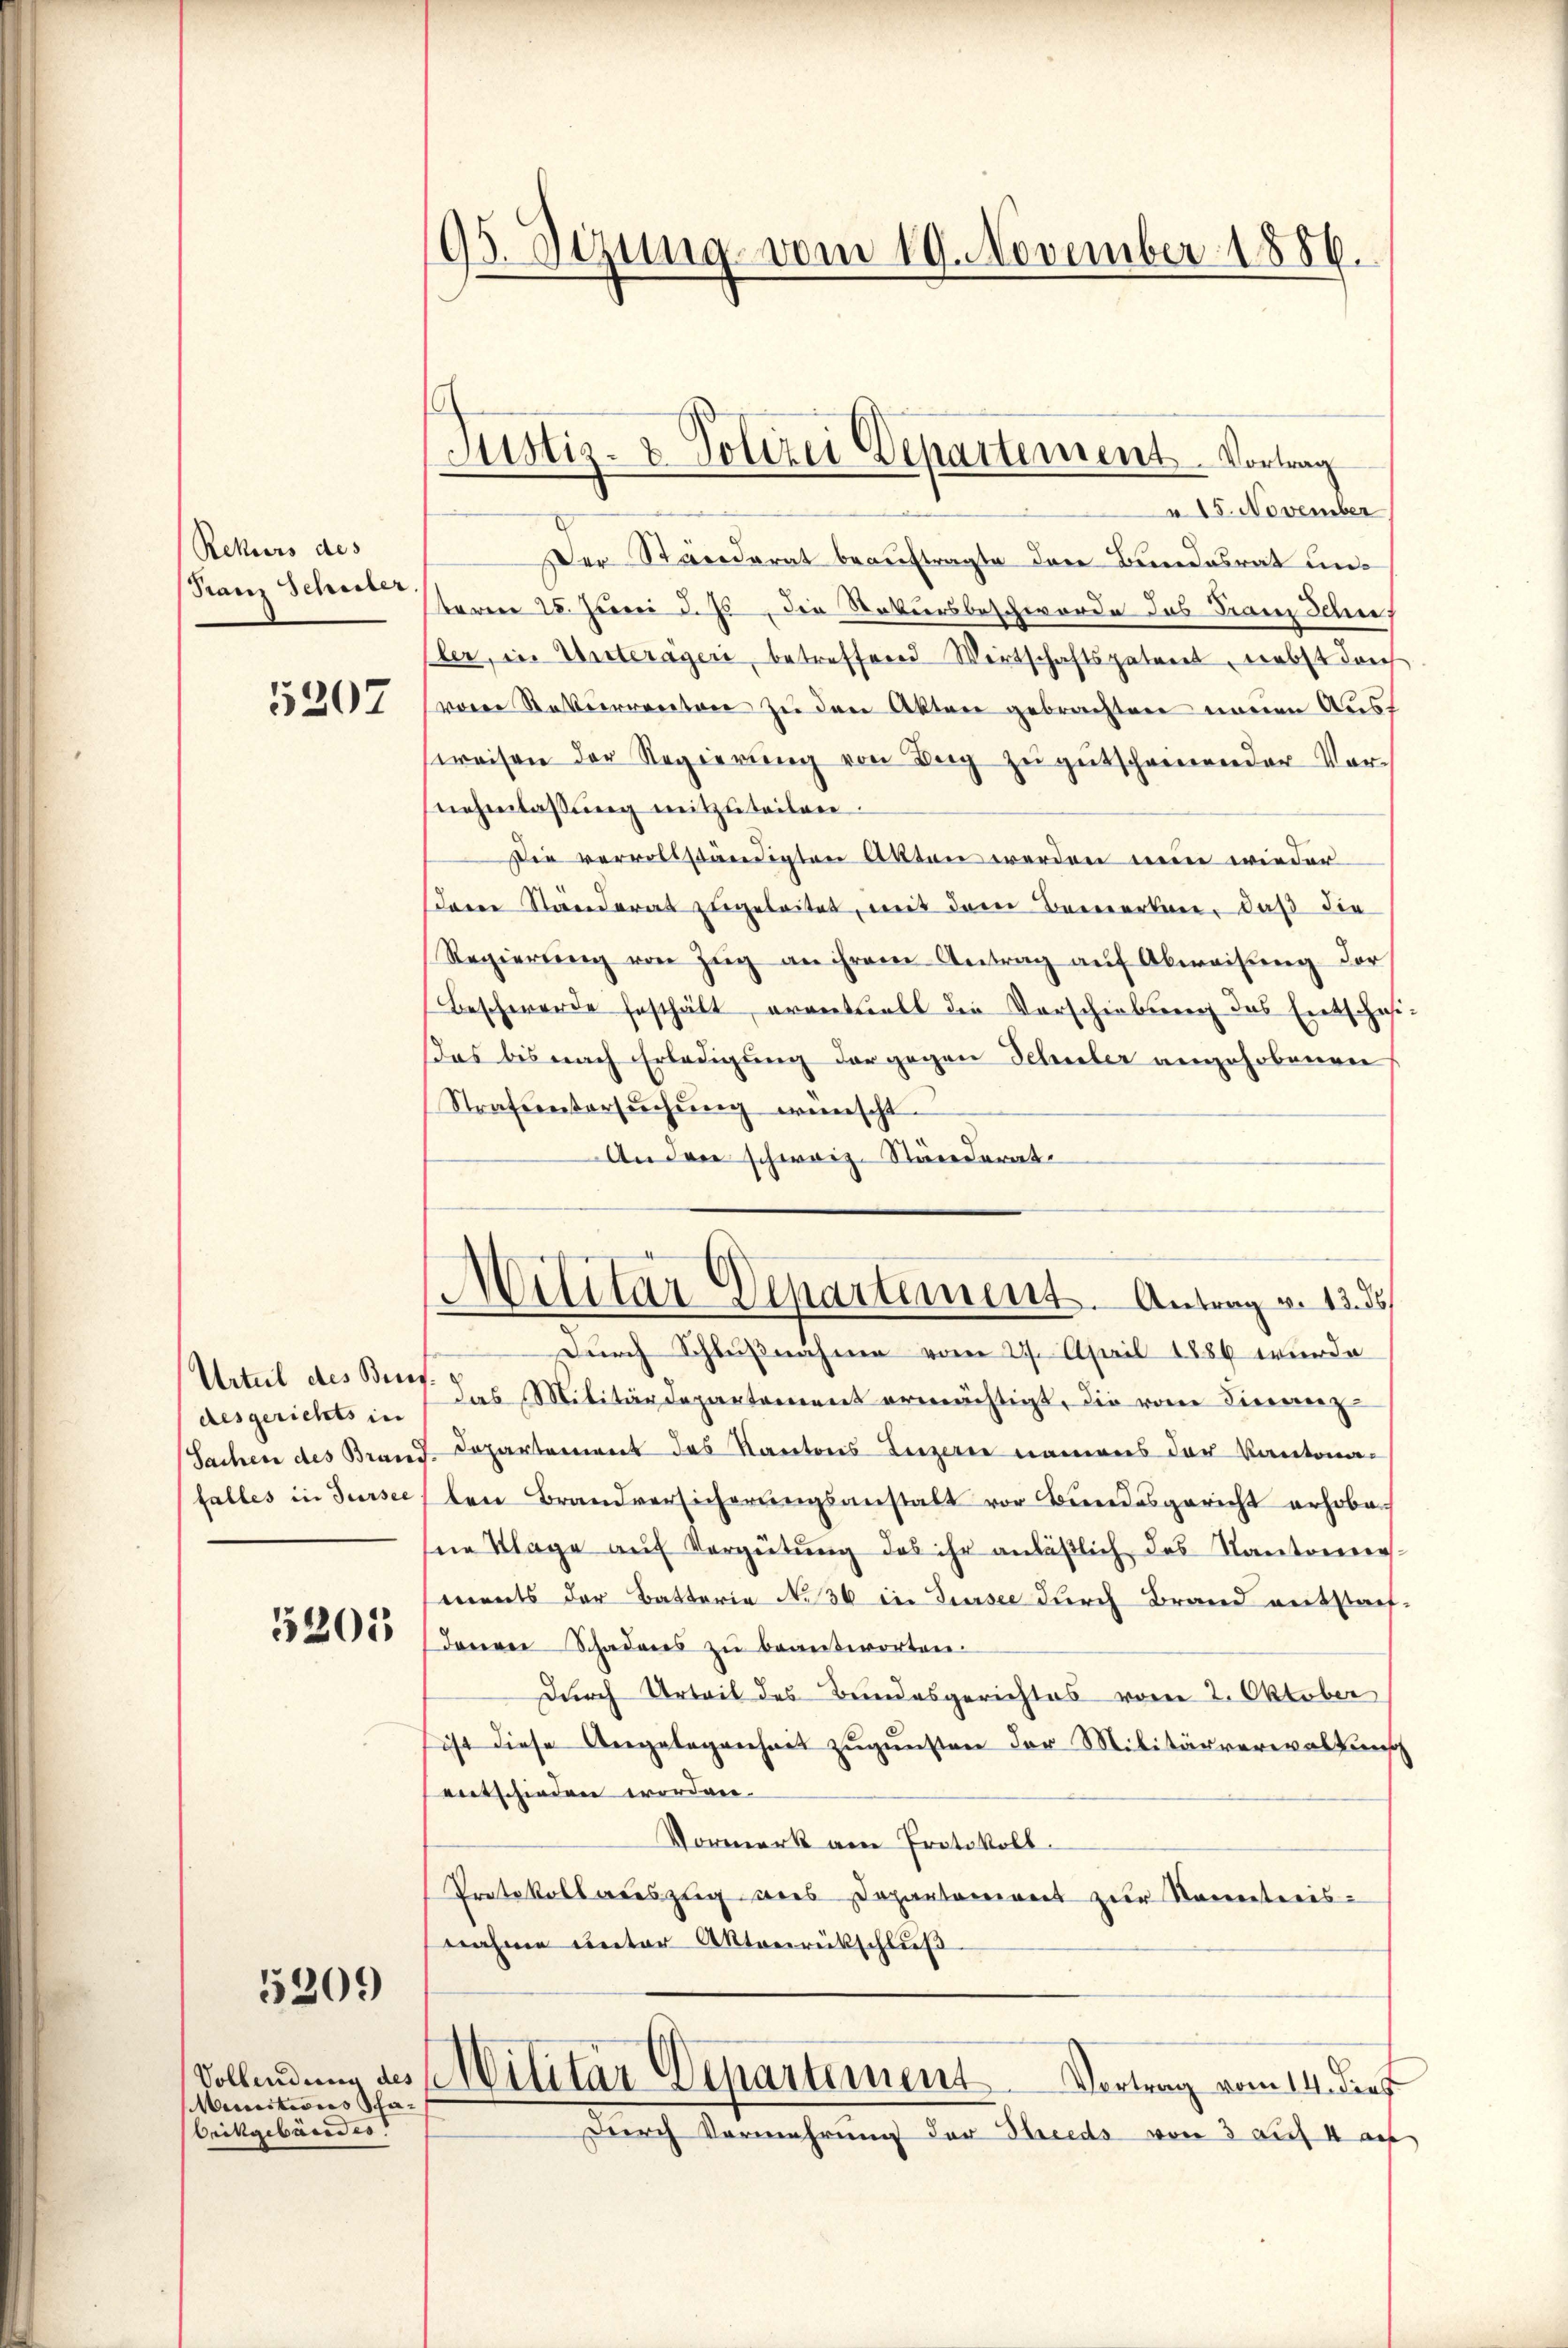
Rekurs des
Franz Schuler,

5207

Urteil des Bern
desgerichts in
Sachen des Brand
falles in Sursee

5201

5209

Vollendung des
Munitions Scha¬
Orikgebäredes

95. Sizung vom 19. November 1886.

Justiz- & Polizei Departement. Vortrag

a 15. November
Der Ständerat beauftragte des Bundesrat unteren 28. Juni d. Js. die Natursbeschwerde das Ganz Jehn,
ler, in Unterägen, betreffend Wirtschaftspatenet, nebst durch
von Rekurrenten zu den Akten gebrachten neuen Aust
weisen der Regierung von Berg zu gutscheinender Vornehmlassŭng mitzuteilen.
Die vervollständigten Akten werden nun wieder
deren Ständerat zugeleitet, mit dem Bemerken, daß die
Regierŭng von Zŭg an ihrem Antrag aŭf Abweisung der
Beschwerde festhält, eventuell die Vorschiebung des Entschaf
das bis nach Erledigung der gegen Schuler angehobenen
Strafuntersŭchŭng wünscht.
An den schweiz. Ständerat
Militar Departement. Antrag v. 13. ds
Durch Schlußnahme vom 27. April 1886 wurde
das Militärdepartement ermächtigt, die von Tierenz
Departement des Kantons Luzern namens der Kantona-
len Brandversicherungsanstalt vor Bundesgericht erhoben
sne Klage auf Vergütung das ihr anläßlich das Kantonen.
ments der Batteria No 36 in Sursee durch Brand entstaf
denen Schadens zŭ beantworten.
durch Urteil des Bundesgerichtes vom 2. Oktober
sist diese Angelegenheit zugunsten der Militärverwaltung
entschieden worden.
Vormerk am Protokoll.
Protokollauszug aus Departement zur Namentreisnahme unter Aktenrückschluß

Militar Departement Vortrag vom 14. dies
Durch Vermehrung der Streeds von 3 auf 4 auf